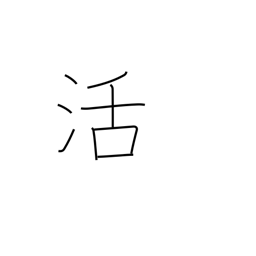
Meaning: resuscitation